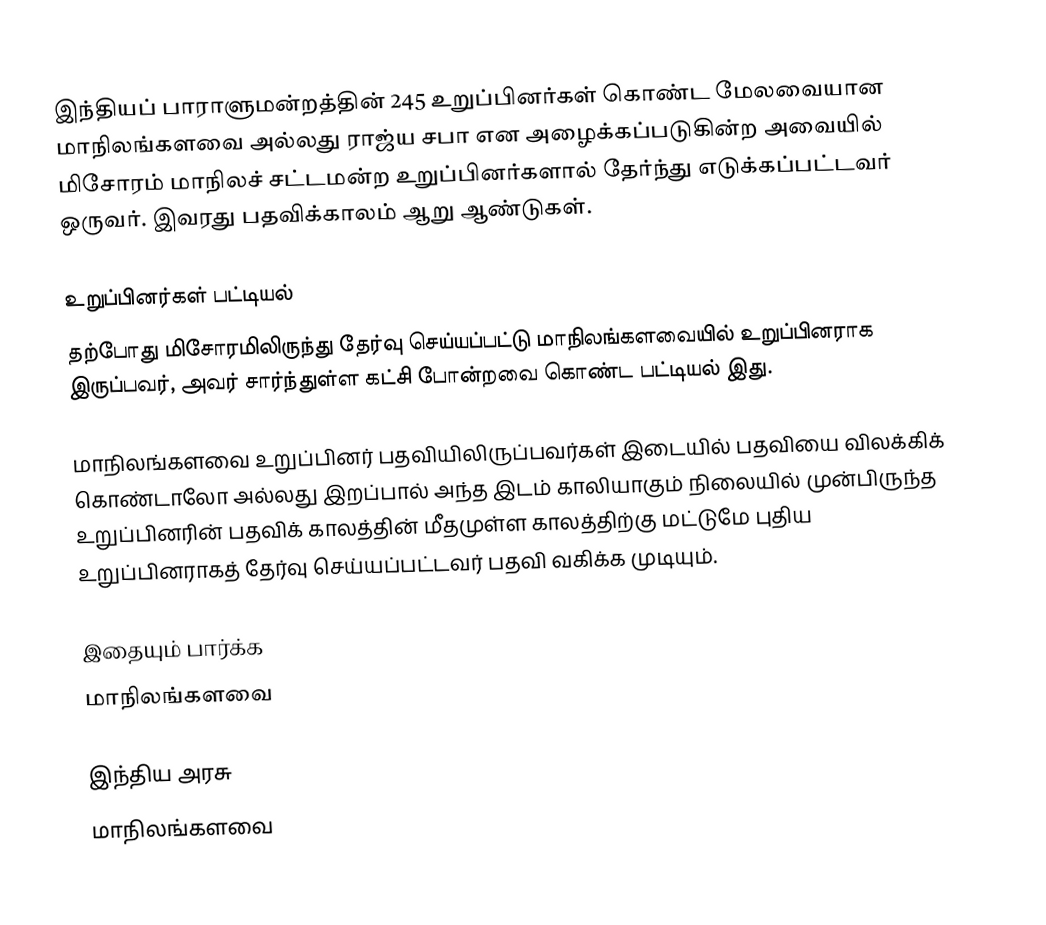
இந்தியப் பாராளுமன்றத்தின் 245 உறுப்பினர்கள் கொண்ட மேலவையான மாநிலங்களவை அல்லது ராஜ்ய சபா  என அழைக்கப்படுகின்ற அவையில் மிசோரம் மாநிலச் சட்டமன்ற உறுப்பினர்களால் தேர்ந்து எடுக்கப்பட்டவர் ஒருவர். இவரது பதவிக்காலம் ஆறு ஆண்டுகள்.

உறுப்பினர்கள் பட்டியல்
தற்போது மிசோரமிலிருந்து தேர்வு செய்யப்பட்டு மாநிலங்களவையில் உறுப்பினராக இருப்பவர், அவர் சார்ந்துள்ள கட்சி போன்றவை கொண்ட பட்டியல் இது.

 மாநிலங்களவை உறுப்பினர் பதவியிலிருப்பவர்கள் இடையில் பதவியை விலக்கிக் கொண்டாலோ அல்லது இறப்பால் அந்த இடம் காலியாகும் நிலையில் முன்பிருந்த உறுப்பினரின் பதவிக் காலத்தின் மீதமுள்ள காலத்திற்கு மட்டுமே புதிய உறுப்பினராகத் தேர்வு செய்யப்பட்டவர் பதவி வகிக்க முடியும்.

இதையும் பார்க்க
மாநிலங்களவை

இந்திய அரசு
மாநிலங்களவை